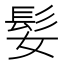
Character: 𫘺